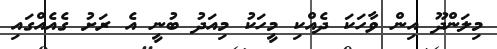
މިލަންދޫ އިން ވާހަކަ ދެއްކި މީހަކު މިއަދު ބުނީ އެ ރަށު ގެއެއްގައި